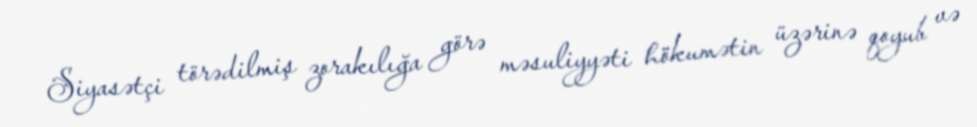
Siyasətçi törədilmiş zorakılığa görə məsuliyyəti hökumətin üzərinə qoyub və